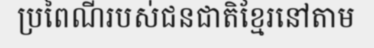
ប្រពៃណីរបស់ជនជាតិខ្មែរនៅតាម